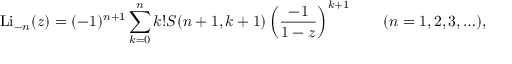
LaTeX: \operatorname { L i } _ { - n } ( z ) = ( - 1 ) ^ { n + 1 } \sum _ { k = 0 } ^ { n } k ! S ( n + 1 , k + 1 ) \left( { \frac { - 1 } { 1 - z } } \right) ^ { k + 1 } \qquad ( n = 1 , 2 , 3 , \ldots ) ,